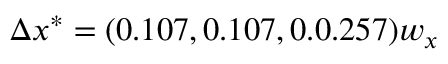
\Delta x ^ { * } = ( 0 . 1 0 7 , 0 . 1 0 7 , 0 . 0 . 2 5 7 ) w _ { x }